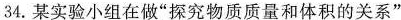
34.某实验小组在做”探究物质质量和体积的关系”